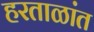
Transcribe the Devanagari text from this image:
हरताळांत